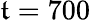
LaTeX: \mathfrak{t}=700